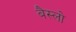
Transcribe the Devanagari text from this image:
बैस्लो